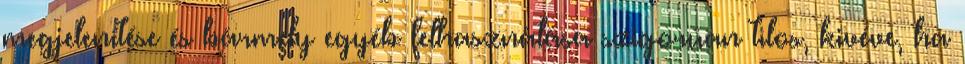
megjelenítése és bármely egyéb felhasználása szigorúan tilos, kivéve, ha